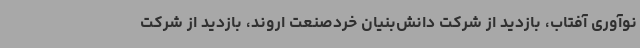
نوآوری آفتاب، بازدید از شرکت دانش‌بنیان خردصنعت اروند، بازدید از شرکت